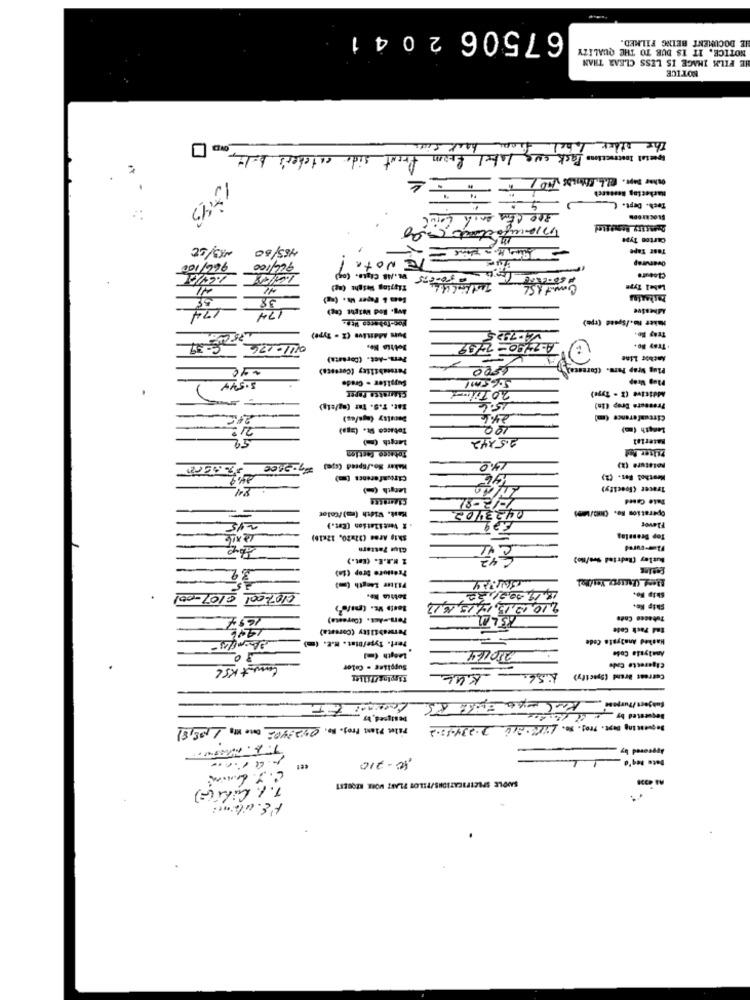
67506 2041
IE DOCUMENT BEING FILMED.
NOTICE. IT IS DUE TO THE QUALITY
HE FILM IMAGE IS LESS CLEAR THAN
NOTICE
The other bel
side catcher's
freut
Special Instructions Pack one latel from
Hacheciog Research
fach. Dept. C) 9
15:43
300 CE
Carton Type
Test Tape
TE Note
Ovarurap
966/ 100
Closure
Tigying Weight (ag)
Label Type
38
avg. Rod Weight (ag)
Adhesive
Maker no./Spand (rpm)
0111-176 -8:39
Tray Se.
A-2490-
. Tray Bo+
Pers .- Act. (Coraata)
Anchor Line
Permeability (Coresce)
6000
Plug Wrap Pers. (Coreana!
Sugalter . Credo
Plug Wrep
5.544
20 Tilut
Claratte Paper
additive (2 - Type)
Bat. T.S. tar (ag/elg)
15.6
Pressure Drop (1a)
246
Circumference (m)
21:
Tobacco Rt. (aga)
100
Length (m)
Length (1)
2.5X42
Tobacco fection
Maker No./Speed (spa) 7-2000
14.0
potatura (2)
Length (-)
Tracer (loecity)
Date Coned
0423/02
Operation Bo. C/1001
Hast. Width (r)/Color
215
. 2 Ventilation (Eat.)
Flavor
Ship Ares (32=20, 12<16)
Top Dresslas
Glue Pattern
1-cured
Z N.R.E. (Est.)
Butlay (Redried See/no)
Trestore brop (ia)
Filtr Length ()
0107-001 0107-001
18.19.9021,20
Skip To.
2,10,19.13,19,15.16.13
Ship Re-
1694
Ters .= Act. (Orresta)
Tobacco Code
Permeability (Coresta)
End Fack Code
Fert. Type/Dist. M.E. (m)
Hashed Analysis Code
210164
Analysla Code
Coment KSC
Supplies - Color
Cigaresto Cade
1.56. KUL
Current Brand (Specify)
fulgent/Purpose Kalaya Build 85
Pile Plast Proj. No. 042340- Date ifg 195,81
Ja quessing bagt. Proj. No. Life.aie Diasyass.2
Approved by
10-210
1.1. Citi(s)
SADDLE SPECIFICATIONS/TILOS PLANT WORK REQUEST
F'S. ulent